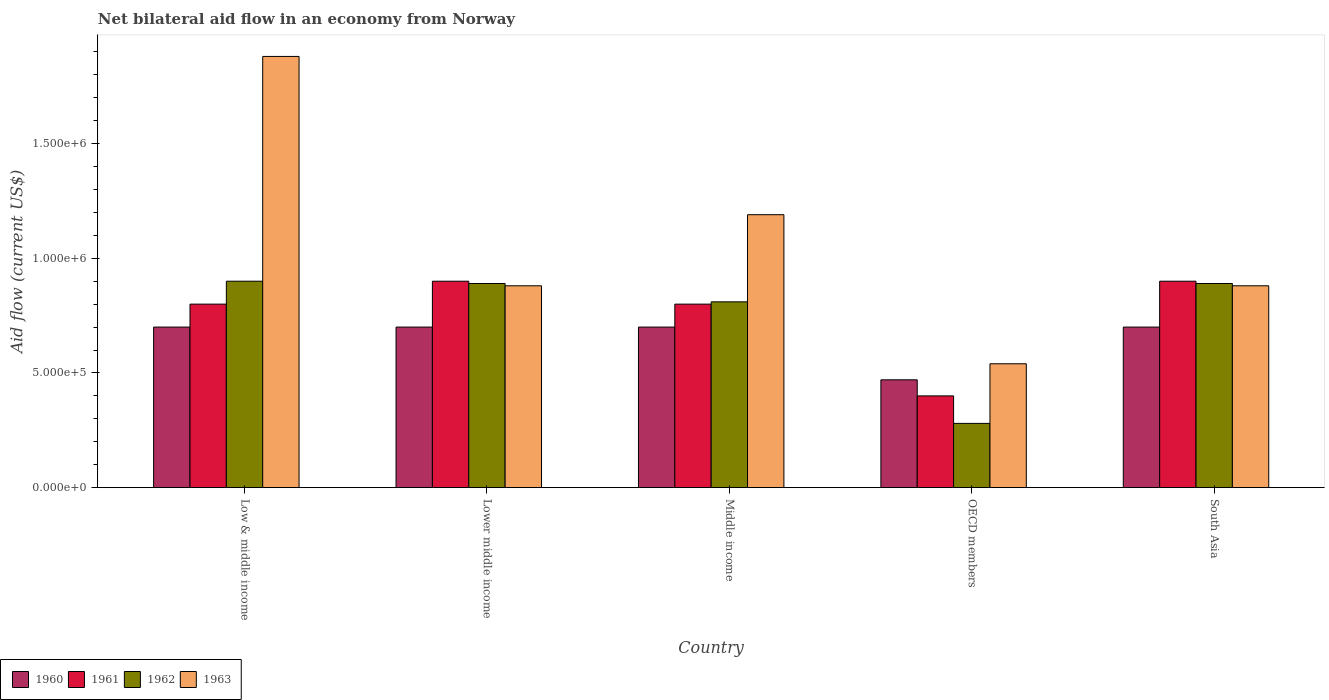
| Country | 1960 | 1961 | 1962 | 1963 |
 | --- | --- | --- | --- | --- |
 | Low & middle income | 7e+05 | 8e+05 | 9e+05 | 1.88e+06 |
 | Lower middle income | 7e+05 | 9e+05 | 8.9e+05 | 8.8e+05 |
 | Middle income | 7e+05 | 8e+05 | 8.1e+05 | 1.19e+06 |
 | OECD members | 4.7e+05 | 4e+05 | 2.8e+05 | 5.4e+05 |
 | South Asia | 7e+05 | 9e+05 | 8.9e+05 | 8.8e+05 |